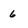
Character: 6